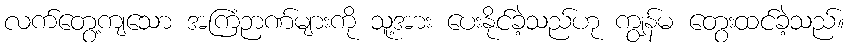
လက်တွေ့ကျသော အကြံဉာဏ်များကို သူ့အား ပေးနိုင်ခဲ့သည်ဟု ကျွန်မ တွေးထင်ခဲ့သည်။